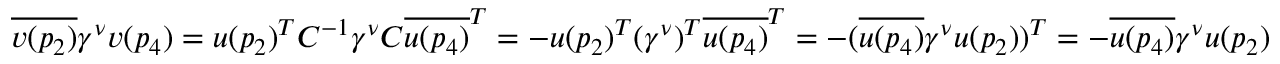
\overline { { v ( p _ { 2 } ) } } \gamma ^ { \nu } v ( p _ { 4 } ) = u ( p _ { 2 } ) ^ { T } C ^ { - 1 } \gamma ^ { \nu } C \overline { { u ( p _ { 4 } ) } } ^ { T } = - u ( p _ { 2 } ) ^ { T } ( \gamma ^ { \nu } ) ^ { T } \overline { { u ( p _ { 4 } ) } } ^ { T } = - ( \overline { { u ( p _ { 4 } ) } } \gamma ^ { \nu } u ( p _ { 2 } ) ) ^ { T } = - \overline { { u ( p _ { 4 } ) } } \gamma ^ { \nu } u ( p _ { 2 } )